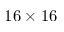
1 6 \times 1 6